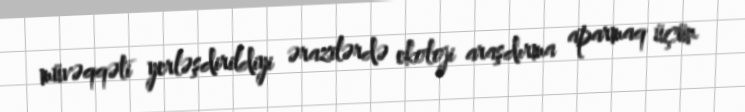
müvəqqəti yerləşdirildiyi ərazilərdə ekoloji araşdırma aparmaq üçün